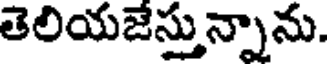
తెలియజేస్తున్నాను.